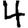
Digit: 4